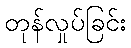
တုန်လှုပ်ခြင်း